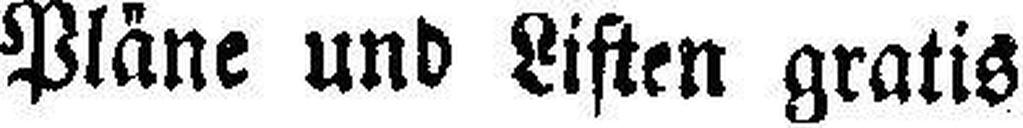
Pläne und Listen gratis